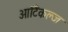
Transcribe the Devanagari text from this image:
आर्टिकल्ज